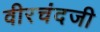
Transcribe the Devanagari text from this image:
वीरचंदजी